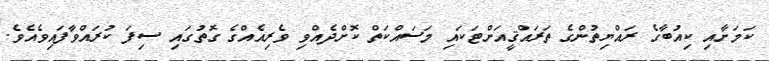
ކަމަށާއި ކިއުބާގެ ރައްޔިތުންގެ ތަރައްޤީއަށްޓަކައި މަސައްކަތް ކޮށްދެއްވި ވެރިއެއްގެ ގޮތުގައި ސިފަ ކުރައްވާފައިވެއެވެ.